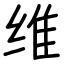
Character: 维